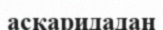
аскаридадан